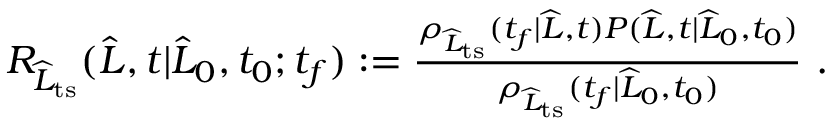
\begin{array} { r } { R _ { \widehat { L } _ { \mathrm { t s } } } ( \widehat { L } , t | \widehat { L } _ { 0 } , t _ { 0 } ; t _ { f } ) : = \frac { \rho _ { \widehat { L } _ { \mathrm { t s } } } ( t _ { f } | \widehat { L } , t ) P ( \widehat { L } , t | \widehat { L } _ { 0 } , t _ { 0 } ) } { \rho _ { \widehat { L } _ { \mathrm { t s } } } ( t _ { f } | \widehat { L } _ { 0 } , t _ { 0 } ) } \ . } \end{array}